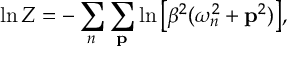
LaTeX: \ln Z = - \sum _ { n } \sum _ { { \bf p } } \ln \big [ \beta ^ { 2 } ( \omega _ { n } ^ { 2 } + { \bf p } ^ { 2 } ) \big ] ,